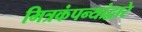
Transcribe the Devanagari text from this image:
मित्रकंपन्यांद्वारे